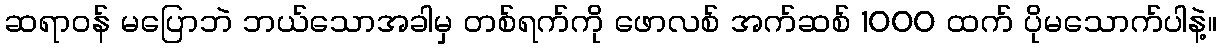
ဆရာဝန် မပြောဘဲ ဘယ်သောအခါမှ တစ်ရက်ကို ဖောလစ် အက်ဆစ် 1000 ထက် ပိုမသောက်ပါနဲ့။